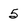
Character: 5